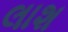
લાશ